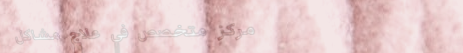
مركز متخصص في علاج مشاكل